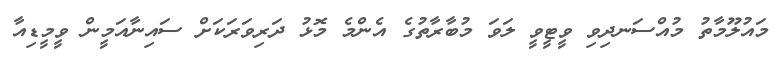
މައުލޫމާތު މުއްސަނދިވި ވީޓީވީ ލަވަ މުބާރާތުގެ އެންމެ މޮޅު ދަރިވަރަކަށް ސައިނާއަމީން ވީމީޑިއާ